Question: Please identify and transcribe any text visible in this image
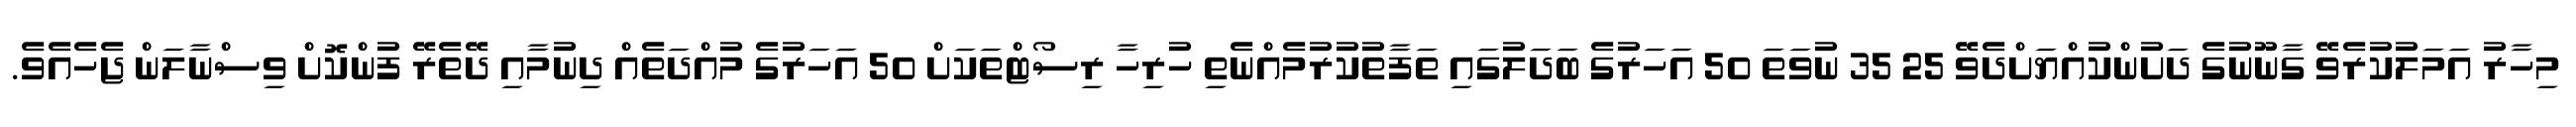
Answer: މިހާރު އަމަލުކުރެވޭ ގާނޫނުގެ ދަށުންކުއްޔަށްދެވޭ 25 35 ނުވަތަ 50 އަހަރުގެ ބަދަލުގައި ތަފާތުކުރުމެއްނެތި ހުރިހާ ރިސޯޓްތަކަށް 50 އަހަރުގެ މުއްދަތެއް ދިނުމާއި ދޭތެރޭ ފުންކޮށް ވިސްނާލަން ޖެހެއެވެ.